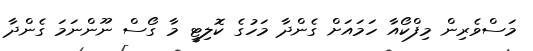
މަސްވެރިން މިފްކޯއާ ހަމައަށް ގެންދާ މަހުގެ ކޮލިޓީ މާ ގޯސް ނޫންނަމަ ގެންދާ